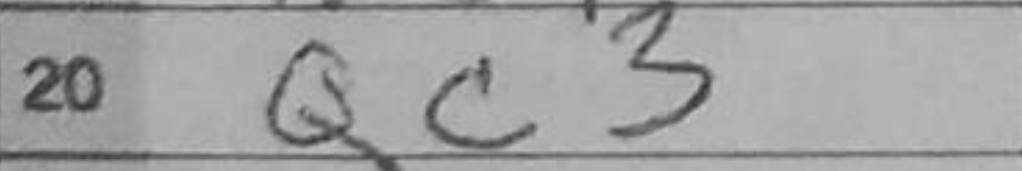
Transcription: Qc3